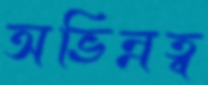
অভিন্নত্ব